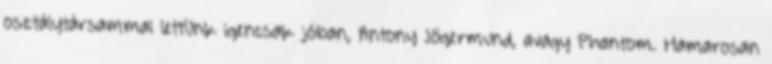
osztálytársammal lettünk igencsak jóban, Antony Jögermund, avagy Phantom. Hamarosan